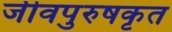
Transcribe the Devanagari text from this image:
जीवपुरुषकृत